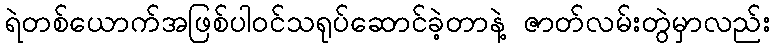
ရဲတစ်ယောက်အဖြစ်ပါဝင်သရုပ်ဆောင်ခဲ့တာနဲ့ ဇာတ်လမ်းတွဲမှာလည်း